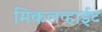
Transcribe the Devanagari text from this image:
मिकलव्हाईट